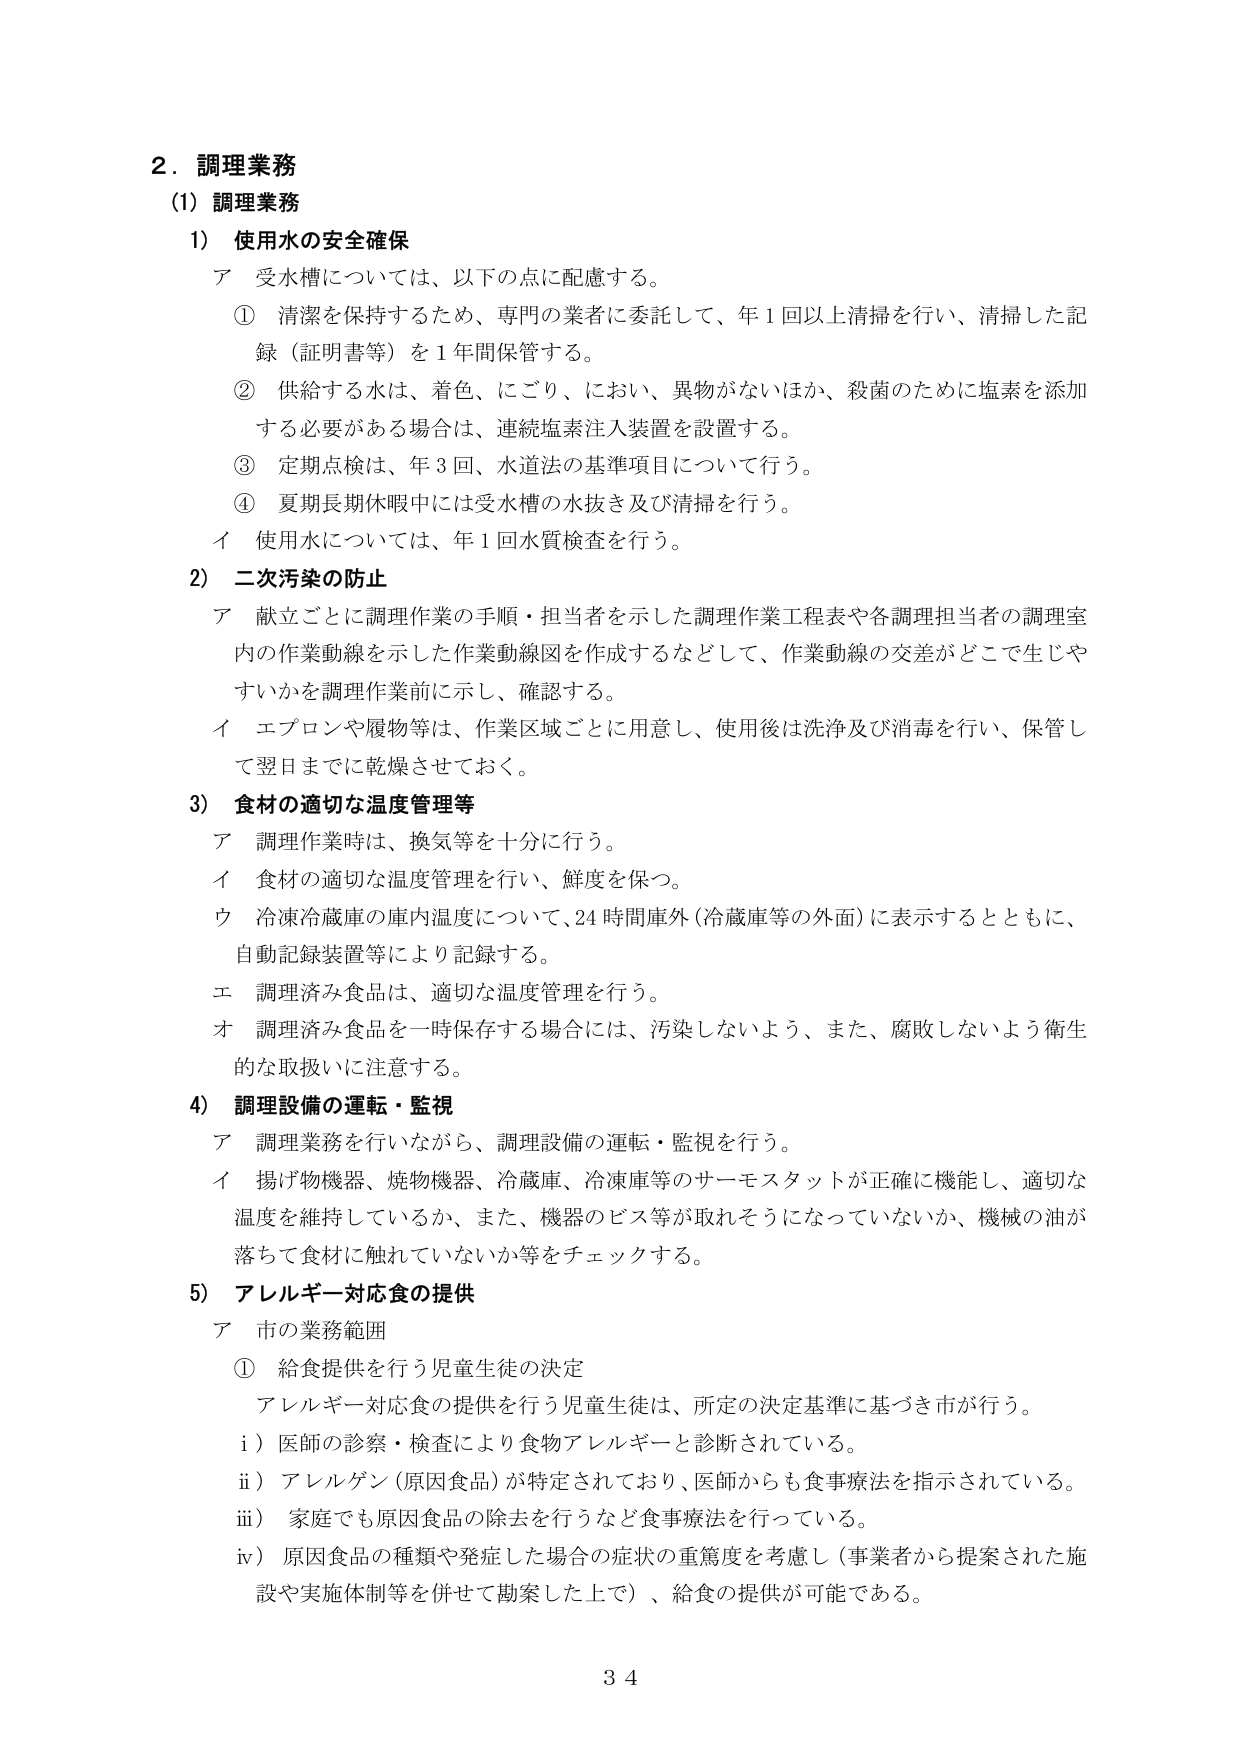
2．調理業務
(1) 調理業務
1) 使用水の安全確保
ア 受水槽については、以下の点に配慮する。
① 清潔を保持するため、専門の業者に委託して、年1回以上清掃を行い、清掃した記録（証明書等）を1年間保管する。
② 供給する水は、着色、にごり、におい、異物がないほか、殺菌のために塩素を添加する必要がある場合は、連続塩素注入装置を設置する。
③ 定期点検は、年3回、水道法の基準項目について行う。
④ 夏期長期休暇中には受水槽の水抜き及び清掃を行う。
イ 使用水については、年1回水質検査を行う。
2) 二次汚染の防止
ア 献立ごとに調理作業の手順・担当者を示した調理作業工程表や各調理担当者の調理室内の作業動線を示した作業動線図を作成するなどして、作業動線の交差がどこで生じやすいかを調理作業前に示し、確認する。
イ エプロンや履物等は、作業区域ごとに用意し、使用後は洗浄及び消毒を行い、保管して翌日までに乾燥させておく。
3) 食材の適切な温度管理等
ア 調理作業時は、換気等を十分に行う。
イ 食材の適切な温度管理を行い、鮮度を保つ。
ウ 冷凍冷蔵庫の庫内温度について、24時間庫外（冷蔵庫等の外面）に表示するとともに、自動記録装置等により記録する。
エ 調理済み食品は、適切な温度管理を行う。
オ 調理済み食品を一時保存する場合には、汚染しないよう、また、腐敗しないよう衛生的な取扱いに注意する。
4) 調理設備の運転・監視
ア 調理業務を行いながら、調理設備の運転・監視を行う。
イ 揚げ物機器、焼物機器、冷蔵庫、冷凍庫等のサーモスタットが正確に機能し、適切な温度を維持しているか、また、機器のビス等が取れそうになっていないか、機械の油が落ちて食材に触れていないか等をチェックする。
5) アレルギー対応食の提供
ア 市の業務範囲
① 給食提供を行う児童生徒の決定
アレルギー対応食の提供を行う児童生徒は、所定の決定基準に基づき市が行う。
i） 医師の診察・検査により食物アレルギーと診断されている。
ii） アレルゲン（原因食品）が特定されており、医師からも食事療法を指示されている。
iii） 家庭でも原因食品の除去を行うなど食事療法を行っている。
iv） 原因食品の種類や発症した場合の症状の重篤度を考慮し（事業者から提案された施設や実施体制等を併せて勘案した上で）、給食の提供が可能である。
34